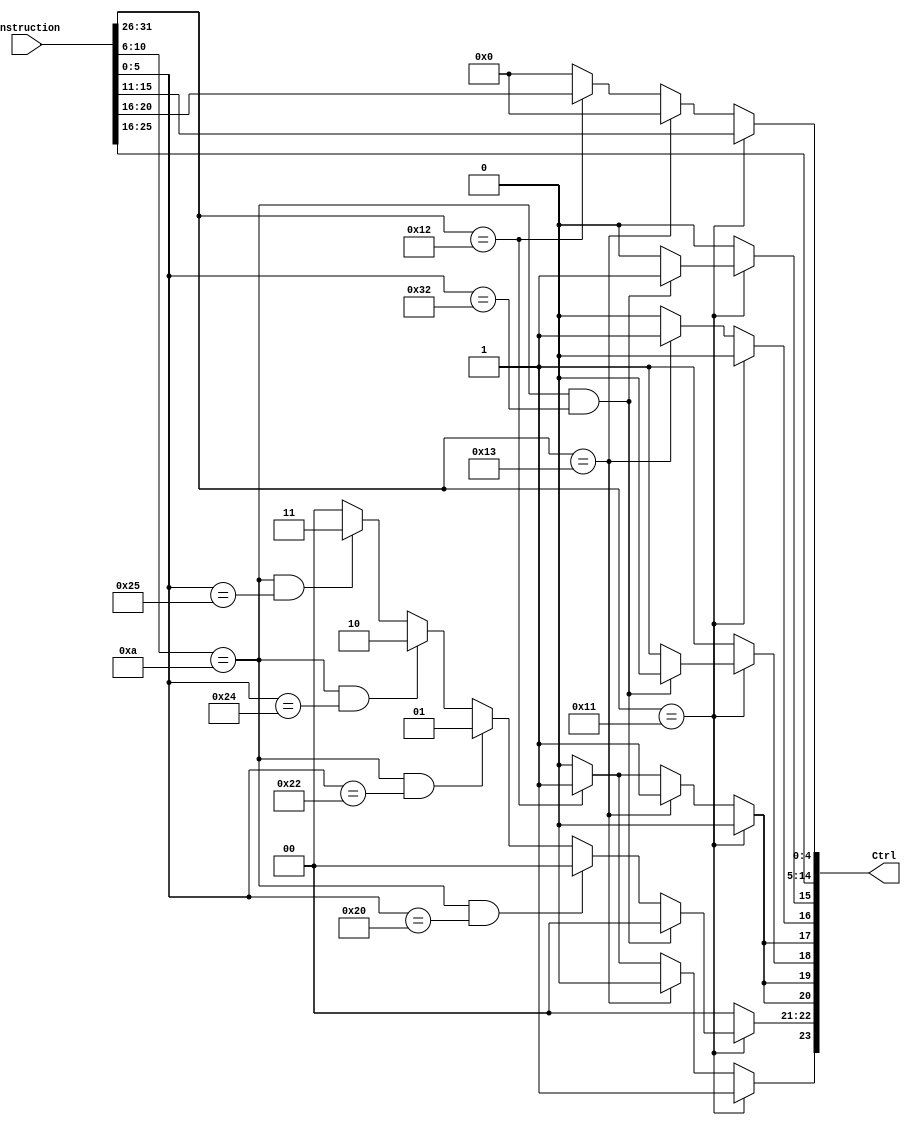
module Control (
	input[31:0] Instruction, 
	output[23:0] Ctrl
);

	reg RW;                
	reg[1:0] Alu;         
	reg Enable_Offset;     
	reg Mux_Alu_In;        
	reg Mux_Alu_Out;       
	reg Mux_WB;            
	reg WR;                
	reg Hab_MUL;			  
	reg[4:0] Rs;		     
	reg[4:0] Rt;
	reg[4:0] Rd;	        
	
	
	assign Ctrl = {RW, Alu, Enable_Offset, Mux_Alu_In, Mux_Alu_Out, Mux_WB, WR, Hab_MUL,
	Rs, Rt, Rd}; 
	
	always @ (Instruction)
	begin
		Rs = Instruction[25:21];
		Rt = Instruction[20:16];
		WR = 0;
		Hab_MUL = 0;
		Alu = 0;
		Mux_Alu_In = 0;    
		Mux_Alu_Out = 1;
		Rd = 0;
		Mux_WB = 0;
		Enable_Offset = 0;
		RW = 0;
	// Instrucoes I
	if(Instruction[31:26] == 32'd18) // LW - Grupo+1 = 18 	
		begin
			Hab_MUL = 0;
			RW = 1;            
			Alu = 0;           		
			Enable_Offset = 1; 
			Mux_Alu_In = 1;    
			Mux_Alu_Out = 1;   
			Mux_WB = 1;        
			WR = 0;            
			Rd = Rt; 											
	end
	
	if(Instruction[31:26] == 32'd19) // SW - Grupo+2 = 19
	begin
			RW = 0;            
			Alu = 0;           		
			Enable_Offset = 1; 
			Mux_Alu_In = 1;    
			Mux_Alu_Out = 1;   
			Mux_WB = 1;        
			WR = 1;             
			Rd = 0;
	end
	
	// Instrues R
	if(Instruction[31:26] == 32'd17) // Grupo = 17
	begin
		Rd = Instruction[15:11];
		RW = 1;
		Enable_Offset = 0; 
		Mux_Alu_In = 0;
		Mux_WB = 0;        
		WR = 0;            
		if(Instruction[10:6] == 10 && Instruction[5:0] == 50) //MUL
		begin
			Hab_MUL = 1;
			Mux_Alu_Out = 0;
		end
		
		else if(Instruction[10:6] == 10 && Instruction[5:0] == 32) //ADD
		begin			            
			Alu = 0; 
			Hab_MUL = 0;	
			Mux_Alu_Out = 1;        
		end
		
		else if(Instruction[10:6] == 10 && Instruction[5:0] == 34) //SUB
		begin
			Alu = 1;
			Hab_MUL = 0;
			Mux_Alu_Out = 1;
		end
		
		else if(Instruction[10:6] == 10 && Instruction[5:0] == 36) //AND
		begin
			Alu = 2;
			Hab_MUL = 0;
			Mux_Alu_Out = 1;
		end
		
		else if(Instruction[10:6] == 10 && Instruction[5:0] == 37) //OR
		begin
			Alu = 3;
			Hab_MUL = 0;
			Mux_Alu_Out = 1;
		end
	end
	end


endmodule